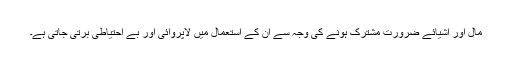
مال اور اشیائے ضرورت مشترک ہونے کی وجہ سے ان کے استعمال میں لاپروائی اور بے احتیاطی برتی جاتی ہے۔